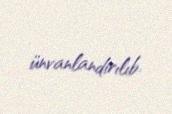
ünvanlandırılıb.